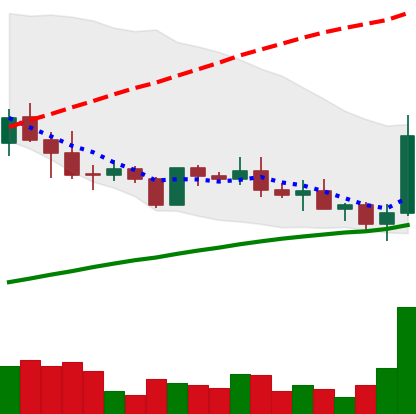
Ticker: ADA-USD
Chart end date: 2019-05-11
Forward return: 17.281%
Label: up_7plus